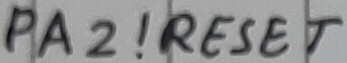
Text: PA2!RESET